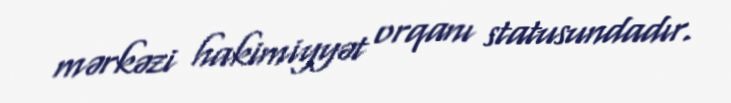
mərkəzi hakimiyyət orqanı statusundadır.